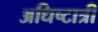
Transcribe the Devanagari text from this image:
अधिष्टात्री